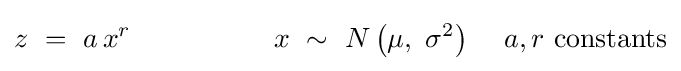
z\,\,=\,\,a\,x^{r}\,\,\,\,\,\,\,\,\,\,\,\,\,\,\,\,\,\,\,\,\,\,\,\,\,\,\,\,\,\,\,x\,\,\sim \,\,N\left({\mu ,\,\,\sigma ^{2}}\right)\,\,\,\,\,\,\,a,r\,\,{\rm {constants}}